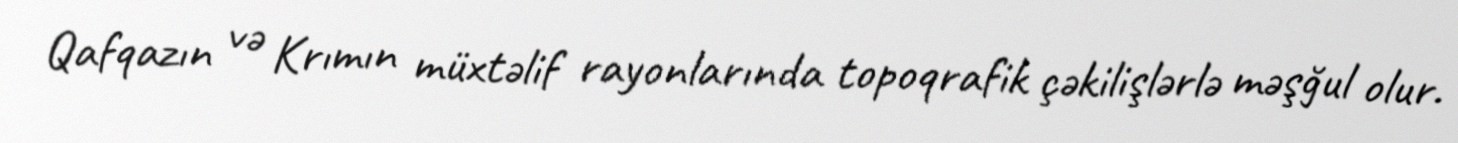
Qafqazın və Krımın müxtəlif rayonlarında topoqrafik çəkilişlərlə məşğul olur.